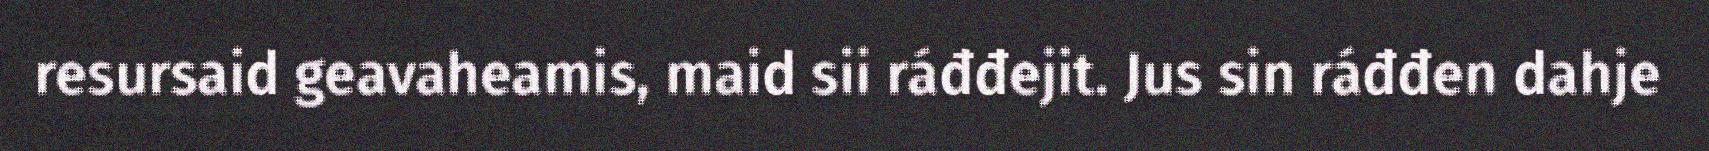
resursaid geavaheamis, maid sii ráđđejit. Jus sin ráđđen dahje